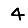
Digit: 4